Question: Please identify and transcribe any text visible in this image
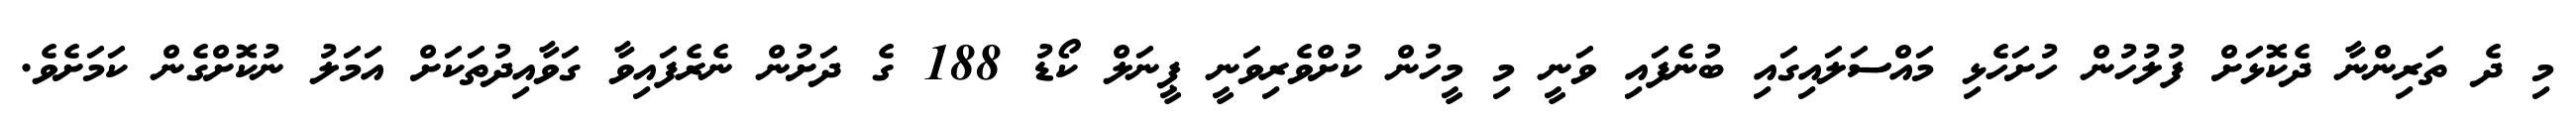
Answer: މި ދެ ތަރިންނާ ދެކޮޅަށް ފުލުހުން ހުށަހެޅި މައްސަލައިގައި ބުނެފައި ވަނީ މި މީހުން ކުށްވެރިވަނީ ޕީނަލް ކޯޑު 188 ގެ ދަށުން ނެރެފައިވާ ގަވާއިދުތަކަށް އަމަލު ނުކޮށްގެން ކަމަށެވެ.